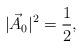
LaTeX: \begin{align*}|\vec{A}_0|^2=\frac{1}{2},\end{align*}